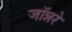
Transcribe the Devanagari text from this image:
जॉन्नरे